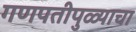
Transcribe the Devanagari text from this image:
गणपतीपुळ्याचा